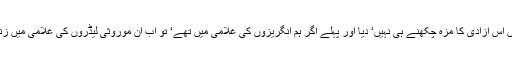
دراصل ہمارے کھوٹے سکوں نے ہمیں اس آزادی کا مزہ چکھنے ہی نہیں‘ دیا اور پہلے اگر ہم انگریزوں کی غلامی میں تھے‘ تو اب ان موروثی لیڈروں کی غلامی میں زندگی بسر کرنے کو ترجیح دیتے ہیں‘ ۔